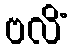
ဗလိံ